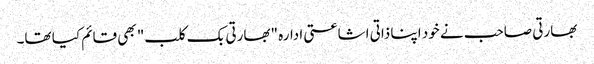
بھارتی صاحب نے خود اپنا ذاتی اشاعتی ادارہ "بھارتی بک کلب" بھی قائم کیا تھا۔